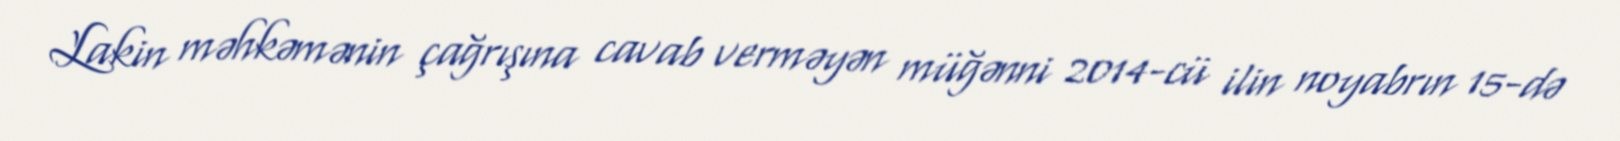
Lakin məhkəmənin çağrışına cavab verməyən müğənni 2014-cü ilin noyabrın 15-də